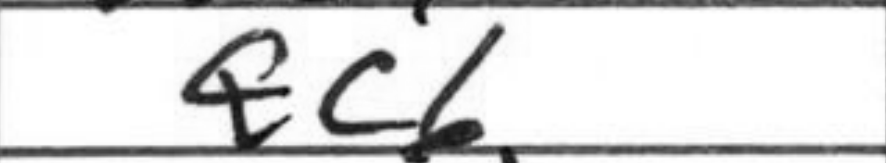
Transcription: Qc6